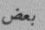
بعض